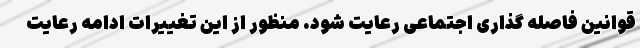
قوانین فاصله گذاری اجتماعی رعایت شود. منظور از این تغییرات ادامه رعایت